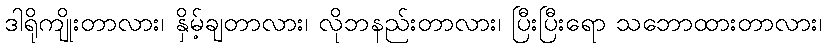
ဒါရိုကျိုးတာလား၊ နှိမ့်ချတာလား၊ လိုဘနည်းတာလား၊ ပြီးပြီးရော သဘောထားတာလား၊